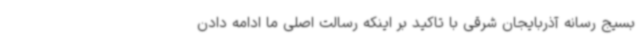
بسیج رسانه آذربایجان شرقی با تاکید بر اینکه رسالت اصلی ما ادامه دادن